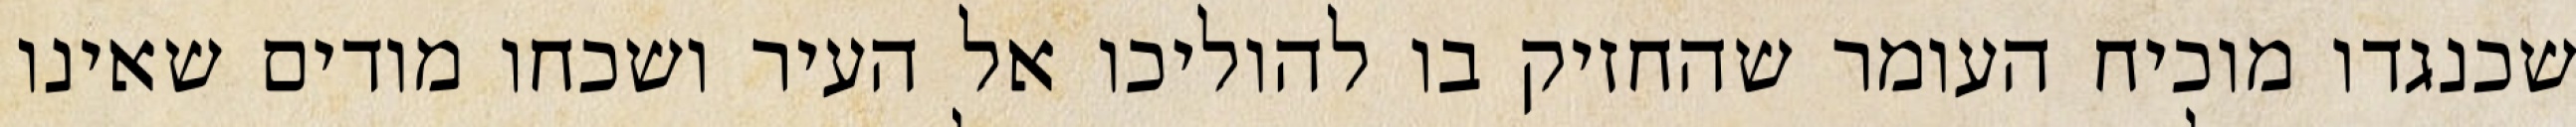
שכנגדו מוכיח העומר שהחזיק בו להוליכו אל העיר ושכחו מודים שאינו